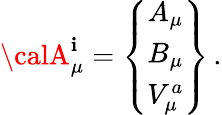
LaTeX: {\calA}_{\mu}^{\mathbf{i}}=\left\{ \begin{array}{ccc}{{A_{\mu}}}\\ {{B_{\mu}}}\\ {{V_{\mu}^{a}}}\end{array}\right\} \, .